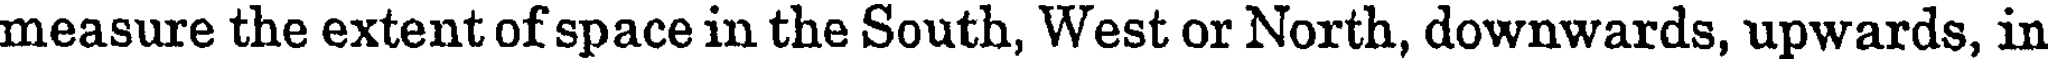
measure the extent of space in the South, West or North, downwards, upwards, in